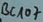
Text: Bc107